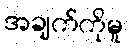
အချက်ကိုမူ